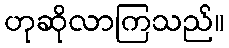
ဟုဆိုလာကြသည်။